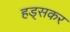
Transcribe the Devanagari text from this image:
हड्सकर